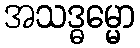
အသဒ္ဓမ္မော